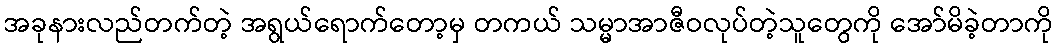
အခုနားလည်တက်တဲ့ အရွယ်ရောက်တော့မှ တကယ် သမ္မာအာဇီဝလုပ်တဲ့သူတွေကို အော်မိခဲ့တာကို